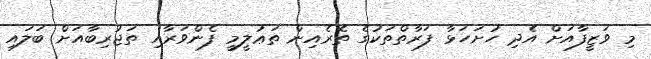
މި ވަޒީފާއަށް އެދި ހުށަހަޅާ ފަރާތްތަކުގެ ތެރެއިން ތަޢުލީމީ ފެންވަރާއި ތަޖުރިބާއަށް ބަލައި